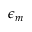
\epsilon _ { m }